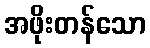
အဖိုးတန်သော